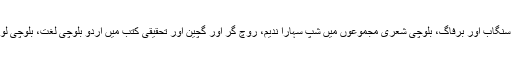
ان کی اردو شعری مجموعوں میں سنگاب اور برفاگ، بلوچی شعری مجموعوں میں شپ سہارا ندیم، روچ گر اور گچین اور تحقیقی کتب میں اردو بلوچی لغت، بلوچی لوک گیت اور بلوچی نامہ شامل ہیں۔